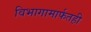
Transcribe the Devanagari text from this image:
विभागामार्फतही